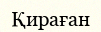
Қираған